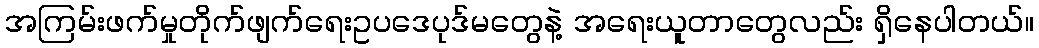
အကြမ်းဖက်မှုတိုက်ဖျက်ရေးဥပဒေပုဒ်မတွေနဲ့ အရေးယူတာတွေလည်း ရှိနေပါတယ်။